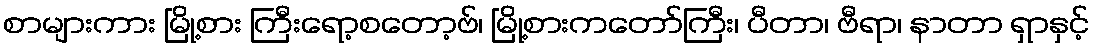
စာများကား မြို့စား ကြီးရော့စတော့ဗ်၊ မြို့စားကတော်ကြီး၊ ပီတာ၊ ဗီရာ၊ နာတာ ရှာနှင့်